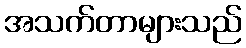
အသက်တာများသည်